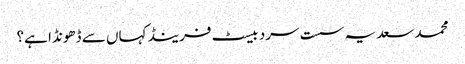
محمد سعد یہ سست سرد بیسٹ فرینڈ کہاں سے ڈھونڈا ہے؟